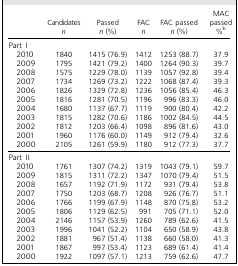
<table><thead><tr><td></td><td><b>Candidates<i>n</i></b></td><td><b>Passed<i>n</i> (%)</b></td><td><b>FAC<i>n</i></b></td><td><b>FAC passed<i>n</i> (%)</b></td><td><b>MAC passed<i>n</i> (%)<sup>b</sup></b></td></tr></thead><tbody><tr><td>Part I</td><td></td><td></td><td></td><td></td><td></td></tr><tr><td>2010</td><td>1840</td><td>1415 (76.9)</td><td>1412</td><td>1253 (88.7)</td><td>37.9</td></tr><tr><td>2009</td><td>1795</td><td>1421 (79.2)</td><td>1400</td><td>1264 (90.3)</td><td>39.7</td></tr><tr><td>2008</td><td>1575</td><td>1229 (78.0)</td><td>1139</td><td>1057 (92.8)</td><td>39.4</td></tr><tr><td>2007</td><td>1734</td><td>1269 (73.2)</td><td>1222</td><td>1068 (87.4)</td><td>39.3</td></tr><tr><td>2006</td><td>1826</td><td>1329 (72.8)</td><td>1236</td><td>1056 (85.4)</td><td>46.3</td></tr><tr><td>2005</td><td>1816</td><td>1281 (70.5)</td><td>1196</td><td>996 (83.3)</td><td>46.0</td></tr><tr><td>2004</td><td>1680</td><td>1137 (67.7)</td><td>1119</td><td>900 (80.4)</td><td>42.2</td></tr><tr><td>2003</td><td>1815</td><td>1282 (70.6)</td><td>1186</td><td>1002 (84.5)</td><td>44.5</td></tr><tr><td>2002</td><td>1812</td><td>1203 (66.4)</td><td>1098</td><td>896 (81.6)</td><td>43.0</td></tr><tr><td>2001</td><td>1960</td><td>1176 (60.0)</td><td>1149</td><td>912 (79.4)</td><td>32.6</td></tr><tr><td>2000</td><td>2105</td><td>1261 (59.9)</td><td>1180</td><td>912 (77.3)</td><td>37.7</td></tr><tr><td>Part II</td><td></td><td></td><td></td><td></td><td></td></tr><tr><td>2010</td><td>1761</td><td>1307 (74.2)</td><td>1319</td><td>1043 (79.1)</td><td>59.7</td></tr><tr><td>2009</td><td>1815</td><td>1311 (72.2)</td><td>1347</td><td>1070 (79.4)</td><td>51.5</td></tr><tr><td>2008</td><td>1657</td><td>1192 (71.9)</td><td>1172</td><td>931 (79.4)</td><td>53.8</td></tr><tr><td>2007</td><td>1750</td><td>1203 (68.7)</td><td>1208</td><td>926 (76.7)</td><td>51.1</td></tr><tr><td>2006</td><td>1766</td><td>1199 (67.9)</td><td>1148</td><td>870 (75.8)</td><td>53.2</td></tr><tr><td>2005</td><td>1806</td><td>1129 (62.5)</td><td>991</td><td>705 (71.1)</td><td>52.0</td></tr><tr><td>2004</td><td>2146</td><td>1157 (53.9)</td><td>1260</td><td>789 (62.6)</td><td>41.5</td></tr><tr><td>2003</td><td>1996</td><td>1041 (52.2)</td><td>1104</td><td>650 (58.9)</td><td>43.8</td></tr><tr><td>2002</td><td>1881</td><td>967 (51.4)</td><td>1138</td><td>660 (58.0)</td><td>41.3</td></tr><tr><td>2001</td><td>1867</td><td>997 (53.4)</td><td>1123</td><td>689 (61.4)</td><td>41.4</td></tr><tr><td>2000</td><td>1922</td><td>1097 (57.1)</td><td>1213</td><td>759 (62.6)</td><td>47.7</td></tr></tbody></table>